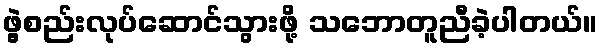
ဖွဲ့စည်းလုပ်ဆောင်သွားဖို့ သဘောတူညီခဲ့ပါတယ်။